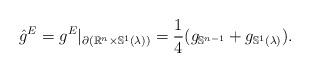
LaTeX: \begin{align*} \hat{g}^E=g^E|_{\partial (\mathbb{R}^n\times \mathbb{S}^1(\lambda))}=\frac{1}{4}(g_{\mathbb{S}^{n-1}}+g_{\mathbb{S}^1(\lambda)}).\end{align*}